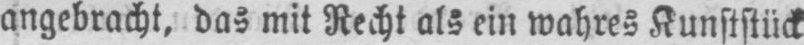
angebracht, das mit Recht als ein wahres Kunststück